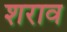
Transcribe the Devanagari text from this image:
शराव